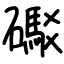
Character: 礟